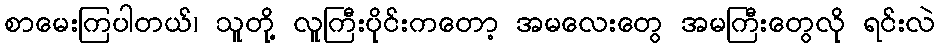
စာမေးကြပါတယ်၊ သူတို့ လူကြီးပိုင်းကတော့ အမလေးတွေ အမကြီးတွေလို ရင်းလဲ